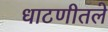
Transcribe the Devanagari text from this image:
धाटणीतले